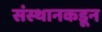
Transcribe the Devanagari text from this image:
संस्थानकडून